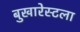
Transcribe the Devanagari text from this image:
बुखारेस्टला